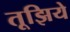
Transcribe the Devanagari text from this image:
तूझिये